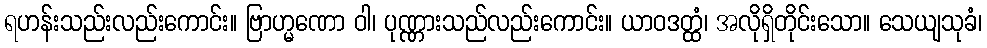
ရဟန်းသည်းလည်းကောင်း။ ဗြာဟ္မဏော ဝါ၊ ပုဏ္ဏားသည်လည်းကောင်း။ ယာဝဒတ္ထံ၊ အလိုရှိတိုင်းသော။ သေယျသုခံ၊